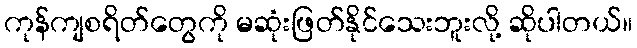
ကုန်ကျစရိတ်တွေကို မဆုံးဖြတ်နိုင်သေးဘူးလို့ ဆိုပါတယ်။